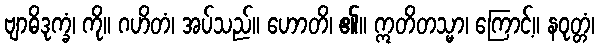
ဗျာဓိဒုက္ခံ၊ ကို။ ဂဟိတံ၊ အပ်သည်။ ဟောတိ၊ ၏။ ဣတိတသ္မာ၊ ကြောင့်။ နဝုတ္တံ၊